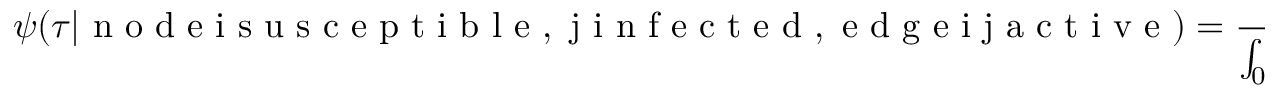
\psi ( \tau | \mathrm { ~ n ~ o ~ d ~ e ~ i ~ s ~ u ~ s ~ c ~ e ~ p ~ t ~ i ~ b ~ l ~ e ~ , ~ j ~ i ~ n ~ f ~ e ~ c ~ t ~ e ~ d ~ , ~ e ~ d ~ g ~ e ~ i ~ j ~ a ~ c ~ t ~ i ~ v ~ e ~ } ) = \frac { \Phi _ { \mathrm { ~ i ~ n ~ f ~ } } ( \tau ) \Phi _ { \mathrm { ~ r ~ e ~ c ~ } } ( \tau ) \Phi _ { \mathrm { ~ o ~ n ~ } } ( \tau ) } { \int _ { 0 } ^ { \infty } \Phi _ { \mathrm { ~ i ~ n ~ f ~ } } ( \tau ) \Phi _ { \mathrm { ~ r ~ e ~ c ~ } } ( \tau ) \Phi _ { \mathrm { ~ o ~ n ~ } } ( \tau ) d \tau }